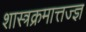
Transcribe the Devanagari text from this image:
शास्त्रक्रमात्तज्ज्ञ